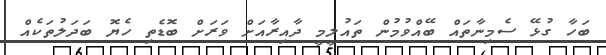
ބަހާ ގުޅޭ ސެމިނާތައް ބޭއްވުމުން ތައުލީމީ ދާއިރާއަށް ވަރަށް ބޮޑެތި ހެޔޮ ބަދަލުތަކެއް